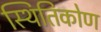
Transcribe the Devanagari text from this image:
स्थितिकोण